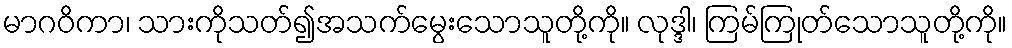
မာဂဝိကာ၊ သားကိုသတ်၍အသက်မွေးသောသူတို့ကို။ လုဒ္ဒါ၊ ကြမ်ကြုတ်သောသူတို့ကို။